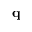
\mathbf { q }